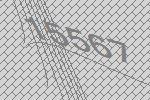
15567